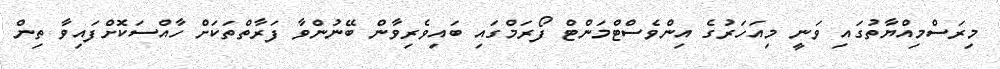
މިރަސްމިއްޔާތުގައި ވަނީ މިއަހަރުގެ އިންވެސްޓްމަންޓް ފޯރަމްގައި ބައިވެރިވާން ބޭނުންވާ ފަރާތްތަކަށް ހާއްސަކޮށްފައިވާ ތިން